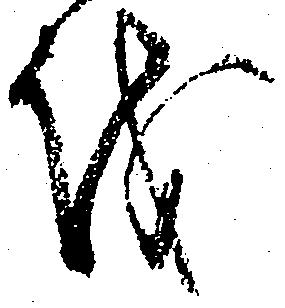
を